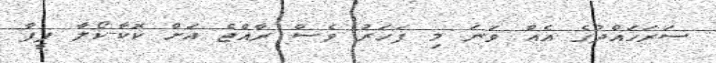
ސަރަހައްދުގެ އެއް ވަނަ މި ފަހަރު ވެސް ރާއްޖެ އަށް ކޮކާ-ކޯލާ ފީފާ